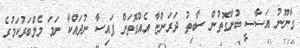
ގާނޫނު އަސާސީ ބުނާގޮތުން ސާބިތު ދަރަންޏާ އެއްގޮތަށް ފައިސާ ނުދައްކާ ނަމަ މެމްބަރުކަމުގެ